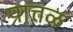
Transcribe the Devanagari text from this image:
पात्तळ